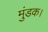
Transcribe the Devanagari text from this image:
मुंडक।